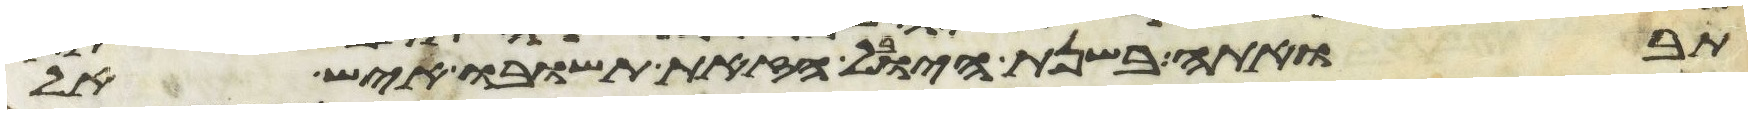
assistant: תבואתה בשנת היובל הזאת תשובו איש אל